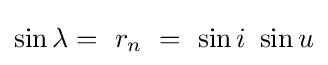
\sin \lambda =\ r_{n}\ =\ \sin i\ \sin u